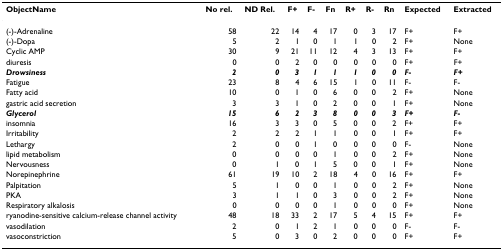
<table><thead><tr><td><b>ObjectName</b></td><td><b>No rel.</b></td><td><b>ND Rel.</b></td><td><b>F+</b></td><td><b>F-</b></td><td><b>Fn</b></td><td><b>R+</b></td><td><b>R-</b></td><td><b>Rn</b></td><td><b>Expected</b></td><td><b>Extracted</b></td></tr></thead><tbody><tr><td>(-)-Adrenaline</td><td>58</td><td>22</td><td>14</td><td>4</td><td>17</td><td>0</td><td>3</td><td>17</td><td>F+</td><td>F+</td></tr><tr><td>(-)-Dopa</td><td>5</td><td>2</td><td>1</td><td>0</td><td>1</td><td>1</td><td>0</td><td>2</td><td>F+</td><td>None</td></tr><tr><td>Cyclic AMP</td><td>30</td><td>9</td><td>21</td><td>11</td><td>12</td><td>4</td><td>3</td><td>13</td><td>F+</td><td>F+</td></tr><tr><td>diuresis</td><td>0</td><td>0</td><td>2</td><td>0</td><td>0</td><td>0</td><td>0</td><td>0</td><td>F+</td><td>F+</td></tr><tr><td><b><i>Drowsiness</i></b></td><td><b><i>2</i></b></td><td><b><i>0</i></b></td><td><b><i>3</i></b></td><td><b><i>1</i></b></td><td><b><i>1</i></b></td><td><b><i>1</i></b></td><td><b><i>0</i></b></td><td><b><i>0</i></b></td><td><b><i>F</i>-</b></td><td><b><i>F+</i></b></td></tr><tr><td>Fatigue</td><td>23</td><td>8</td><td>4</td><td>6</td><td>15</td><td>1</td><td>0</td><td>11</td><td>F-</td><td>F-</td></tr><tr><td>Fatty acid</td><td>10</td><td>0</td><td>1</td><td>0</td><td>6</td><td>0</td><td>0</td><td>2</td><td>F+</td><td>None</td></tr><tr><td>gastric acid secretion</td><td>3</td><td>3</td><td>1</td><td>0</td><td>2</td><td>0</td><td>0</td><td>1</td><td>F+</td><td>None</td></tr><tr><td><b><i>Glycerol</i></b></td><td><b><i>15</i></b></td><td><b><i>6</i></b></td><td><b><i>2</i></b></td><td><b><i>3</i></b></td><td><b><i>8</i></b></td><td><b><i>0</i></b></td><td><b><i>0</i></b></td><td><b><i>3</i></b></td><td><b><i>F+</i></b></td><td><b><i>F</i>-</b></td></tr><tr><td>insomnia</td><td>16</td><td>3</td><td>3</td><td>0</td><td>5</td><td>0</td><td>0</td><td>2</td><td>F+</td><td>F+</td></tr><tr><td>Irritability</td><td>2</td><td>2</td><td>2</td><td>1</td><td>1</td><td>0</td><td>0</td><td>1</td><td>F+</td><td>F+</td></tr><tr><td>Lethargy</td><td>2</td><td>0</td><td>0</td><td>1</td><td>0</td><td>0</td><td>0</td><td>0</td><td>F-</td><td>None</td></tr><tr><td>lipid metabolism</td><td>0</td><td>0</td><td>0</td><td>0</td><td>1</td><td>0</td><td>0</td><td>2</td><td>F+</td><td>None</td></tr><tr><td>Nervousness</td><td>0</td><td>1</td><td>0</td><td>1</td><td>5</td><td>0</td><td>0</td><td>1</td><td>F+</td><td>None</td></tr><tr><td>Norepinephrine</td><td>61</td><td>19</td><td>10</td><td>2</td><td>18</td><td>4</td><td>0</td><td>16</td><td>F+</td><td>F+</td></tr><tr><td>Palpitation</td><td>5</td><td>1</td><td>0</td><td>0</td><td>1</td><td>0</td><td>0</td><td>2</td><td>F+</td><td>None</td></tr><tr><td>PKA</td><td>3</td><td>1</td><td>1</td><td>0</td><td>3</td><td>0</td><td>0</td><td>2</td><td>F+</td><td>None</td></tr><tr><td>Respiratory alkalosis</td><td>0</td><td>0</td><td>0</td><td>0</td><td>1</td><td>0</td><td>0</td><td>0</td><td>F+</td><td>None</td></tr><tr><td>ryanodine-sensitive calcium-release channel activity</td><td>48</td><td>18</td><td>33</td><td>2</td><td>17</td><td>5</td><td>4</td><td>15</td><td>F+</td><td>F+</td></tr><tr><td>vasodilation</td><td>2</td><td>0</td><td>1</td><td>2</td><td>1</td><td>0</td><td>0</td><td>0</td><td>F-</td><td>F-</td></tr><tr><td>vasoconstriction</td><td>5</td><td>0</td><td>3</td><td>0</td><td>2</td><td>0</td><td>0</td><td>0</td><td>F+</td><td>F+</td></tr></tbody></table>